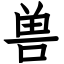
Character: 兽